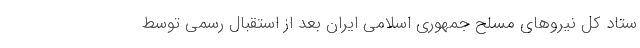
ستاد کل نیروهای مسلح جمهوری اسلامی ایران بعد از استقبال رسمی توسط